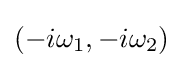
(-i\omega _{1},-i\omega _{2})